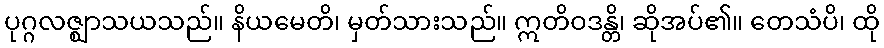
ပုဂ္ဂလဇ္ဈာသယသည်။ နိယမေတိ၊ မှတ်သားသည်။ ဣတိဝဒန္တိ၊ ဆိုအပ်၏။ တေသံပိ၊ ထို